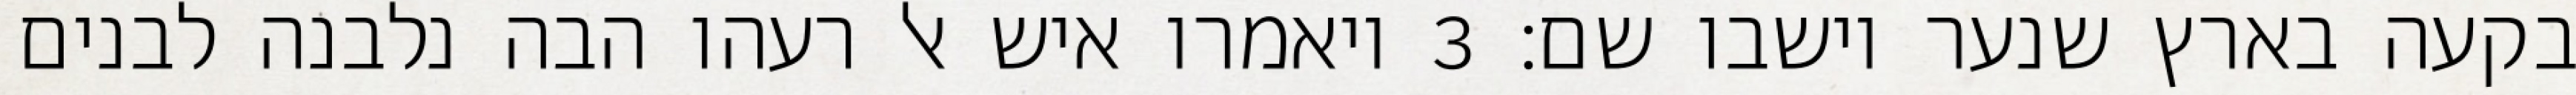
בקעה בארץ שנער וישבו שם׃ ‎3‏ ויאמרו איש אל רעהו הבה נלבנה לבנים